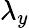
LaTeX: \lambda_{y}